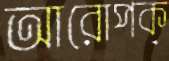
আরোপক